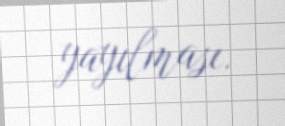
yayılması.